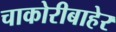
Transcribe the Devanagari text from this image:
चाकोरीबाहेर